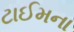
ટાઈમના